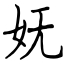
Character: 妩